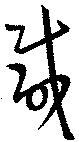
咸